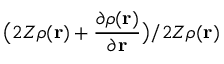
\big ( 2 Z \rho ( \mathbf { r } ) + \frac { \partial \rho ( \mathbf { r } ) } { \partial \mathbf { r } } \big ) / 2 Z \rho ( \mathbf { r } )